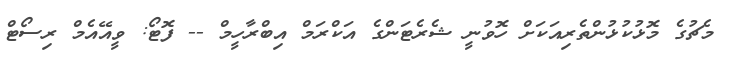
މެޗުގެ މޮޅުކުޅުންތެރިއަކަށް ހޮވުނީ ޝެރެޓަންގެ އަކްރަމް އިބްރާހީމް -- ފޮޓޯ: ވީއޭއެމް ރިސޯޓް